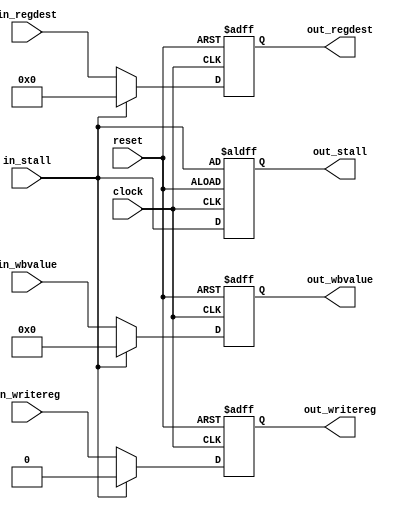
module Execute_S (
    input               clock,
    input               reset,

    // Input
    input               in_stall,
    input       [4:0]   in_regdest,
    input               in_writereg,
    input       [31:0]  in_wbvalue,
    // Output
    output reg          out_stall,
    output reg  [4:0]   out_regdest,
    output reg          out_writereg,
    output reg  [31:0]  out_wbvalue
);

always @(posedge clock or negedge reset) begin
    if(~reset) begin
        out_regdest <= 5'b00000;
        out_writereg <= 1'b0;
        out_wbvalue <= 32'h0000_0000;
        out_stall <= in_stall;
    end else if(in_stall) begin
        out_regdest <= 5'b00000;
        out_writereg <= 1'b0;
        out_wbvalue <= 32'h0000_0000;
        out_stall <= in_stall;
    end else begin
        out_regdest <= in_regdest;
        out_writereg <= in_writereg;
        out_wbvalue <= in_wbvalue;
        out_stall <= in_stall;
    end
end

endmodule